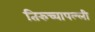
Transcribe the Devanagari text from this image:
तिरुच्चापल्ली